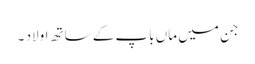
جن میں ماں باپ کے ساتھ اولاد ۔